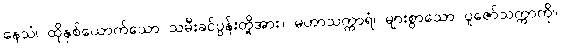
နေသံ၊ ထိုနှစ်ယောက်သော သမီးခင်ပွန်းတို့အား။ မဟာသက္ကာရံ၊ များစွာသော ပူဇော်သက္ကာကို။